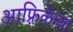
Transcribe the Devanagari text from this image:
आफ़्रिकेच्या